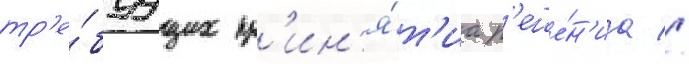
тр'е́буущих пр'ин'я́т'иа р'еше́н'иа //